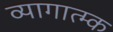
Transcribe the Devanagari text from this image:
व्यागात्म्क